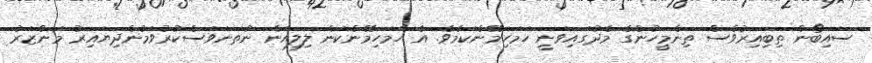
ސައިބޯން ތިބިއިރުވެސް ތިންމީހުންގެ މެދުގައިވަނީ ހަމަހިމޭންކަމެވެ. އެ ހަމަހިމޭންކަން ލިލިއަން ނުތަނަވަސްކުރުވަމުންދިޔައިރު މަންޒަރު